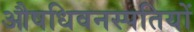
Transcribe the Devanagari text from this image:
औषधिवनस्पतियों